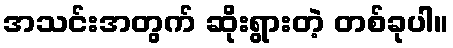
အသင်းအတွက် ဆိုးရွားတဲ့ တစ်ခုပါ။